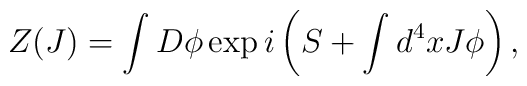
Z(J)= \int D\phi \exp i \left(S+ \int d^4 x J \phi\right),